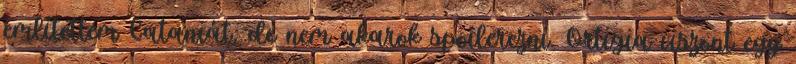
említettem Cataniát, de nem akarok spoilerezni. Ortigia viszont egy